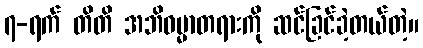
၇-ရက် တိတိ အဘိဓမ္မာတရားကို ဆင်ခြင်ခဲ့တယ်တဲ့။